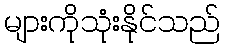
များကိုသုံးနိုင်သည်